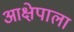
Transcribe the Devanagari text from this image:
आक्षेपाला